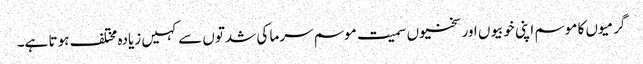
گرمیوں کا موسم اپنی خوبیوں اور سختیوں سمیت موسم سرما کی شدتوں سے کہیں زیادہ مختلف ہوتا ہے۔